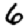
Digit: 6